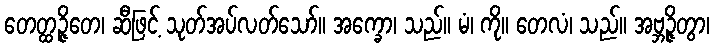
တေတ္ထဉ္ဇိတေ၊ ဆီဖြင့် သုတ်အပ်လတ်သော်။ အက္ခော၊ သည်။ မံ၊ ကို။ တေလံ၊ သည်။ အဗ္ဘဉ္ဇိတွာ၊